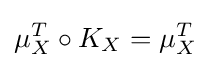
\mu _{X}^{T}\circ K_{X}=\mu _{X}^{T}